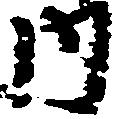
内